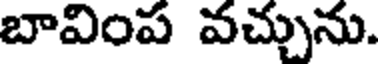
బావింప వచ్చును.